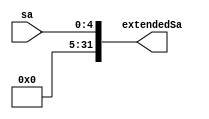
module ExtendSa(
	input [4:0] sa,
	output [31:0] extendedSa
);
	assign extendedSa[31:5]=0;
	assign extendedSa[4:0]=sa;
	
endmodule